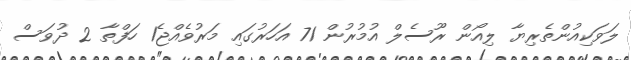
ލަވަކިއުންތެރިޔާ ލިއޯން ރޫސެލް އުމުރުން 71 އަހަރުގައި މަރުވެއްޖެ1 ހަފްތާ 2 ދުވަސް